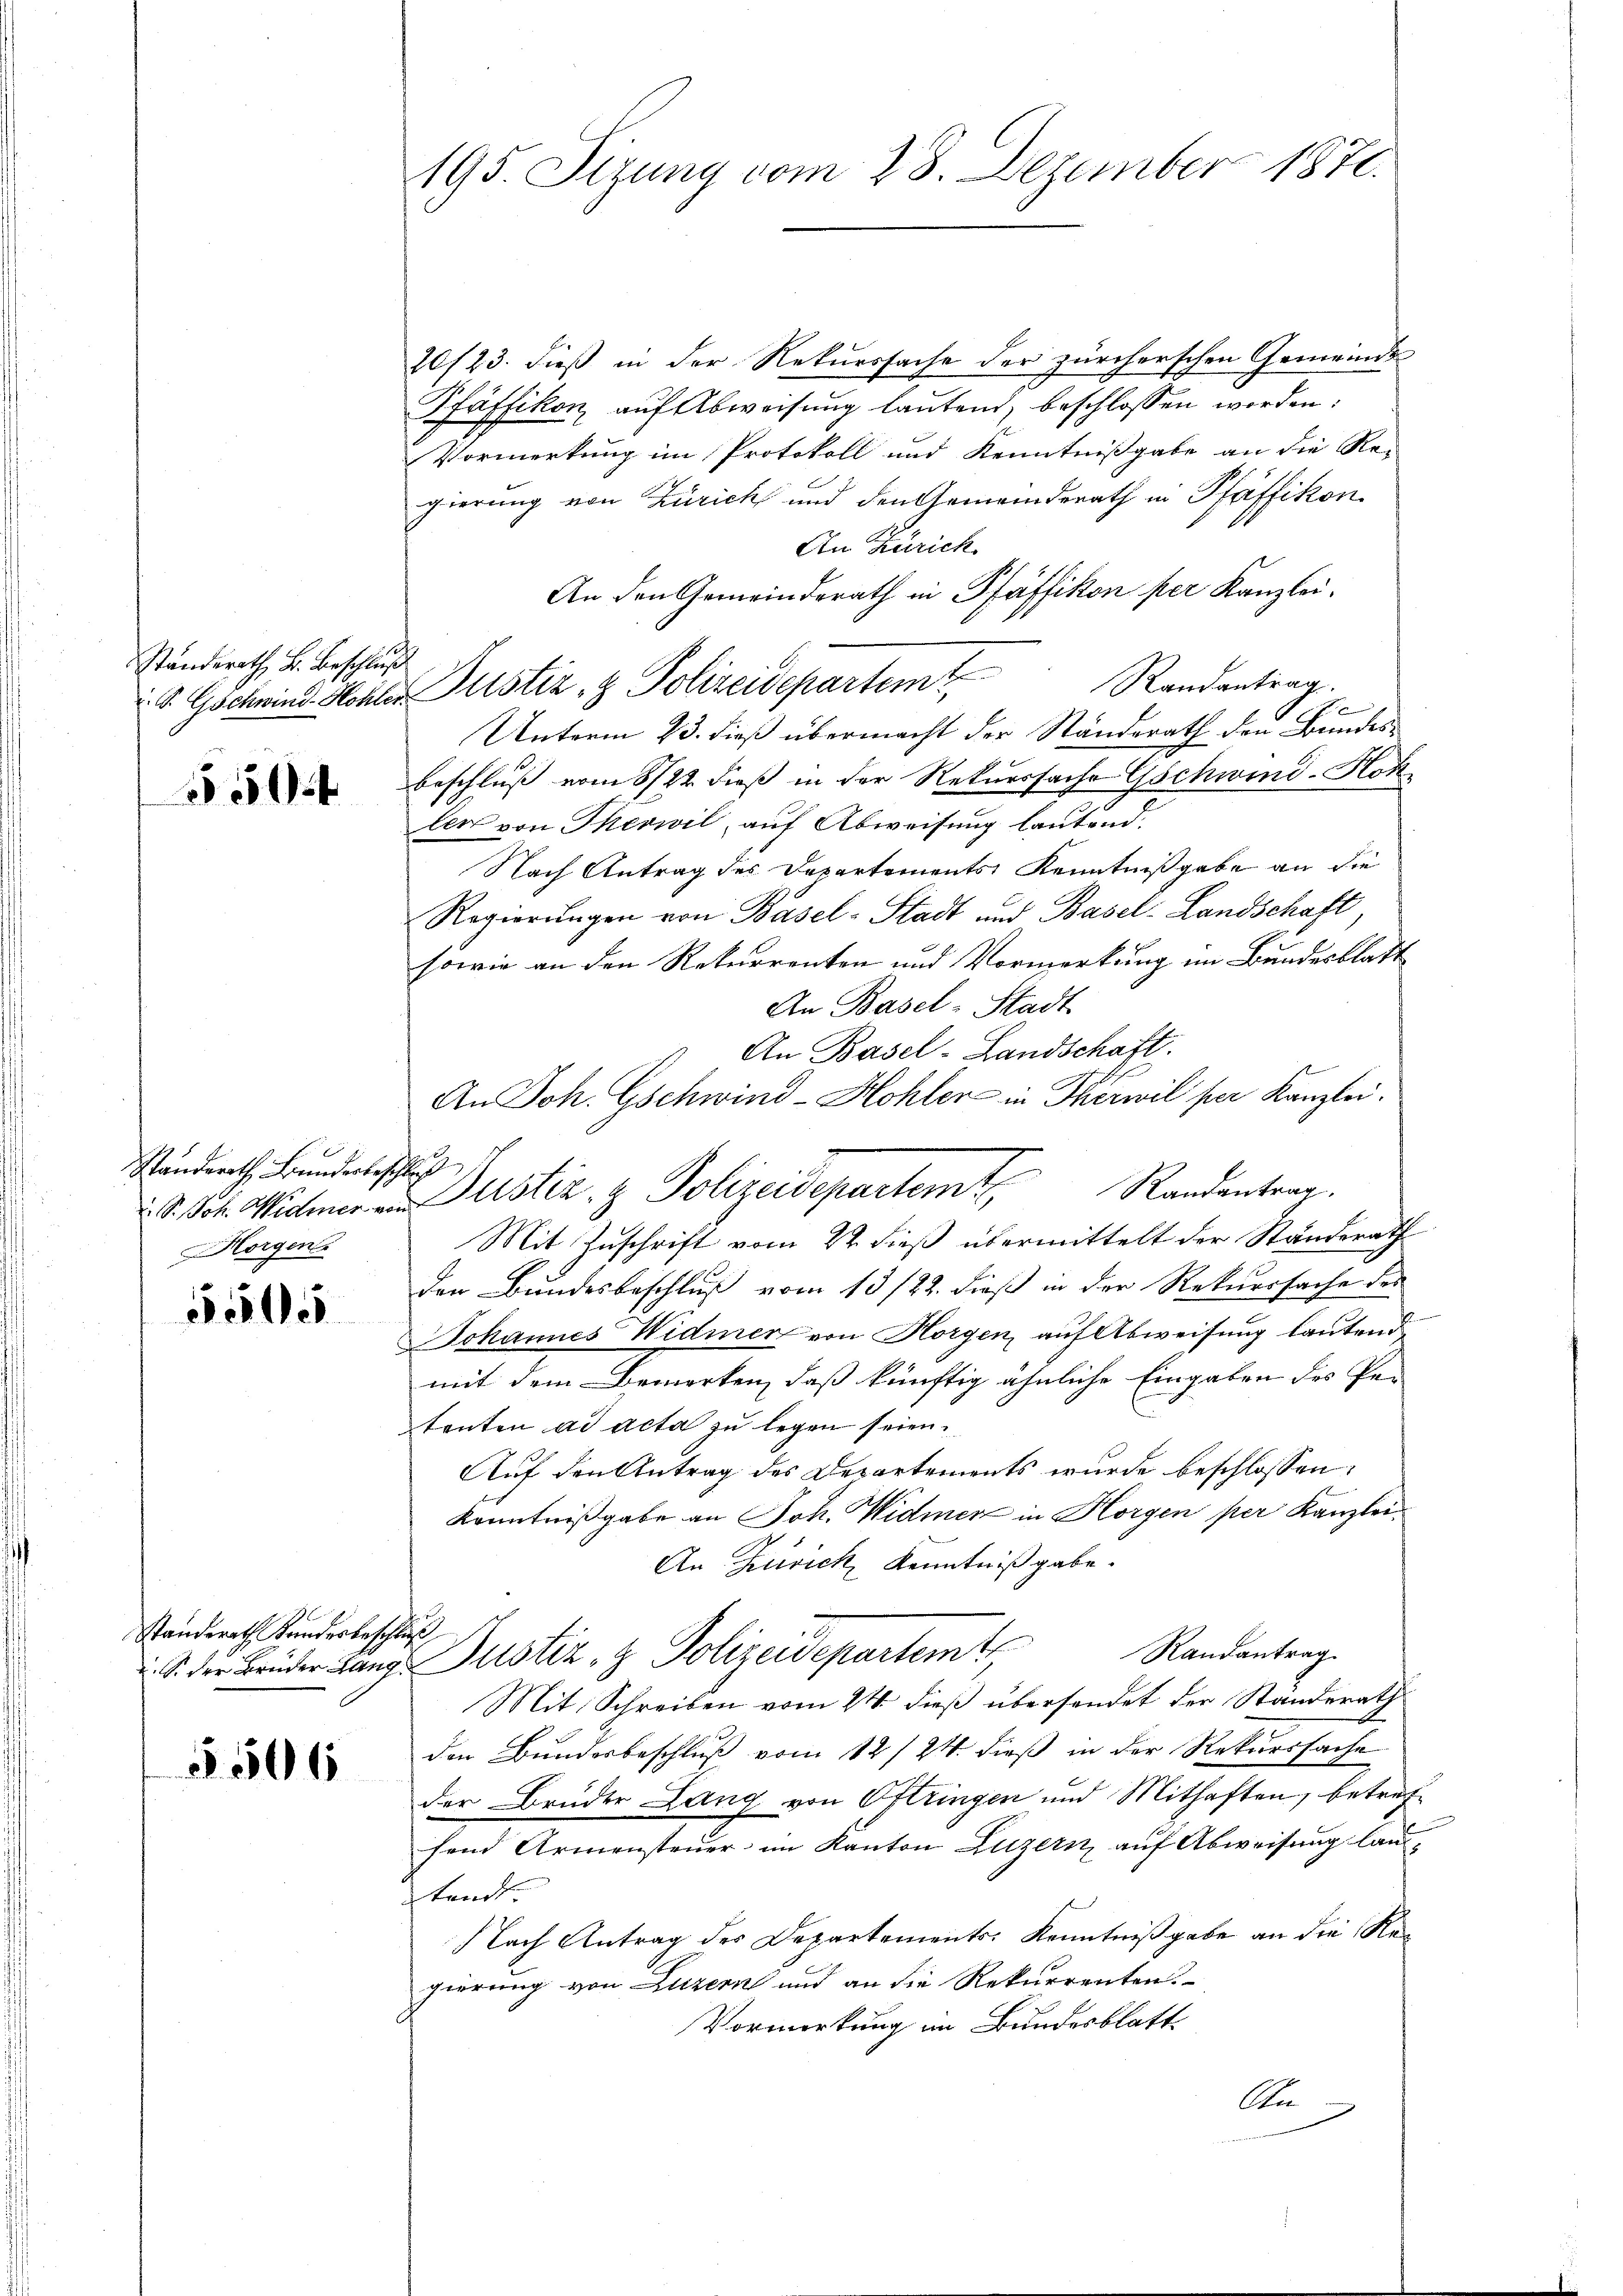
Ständerath B. Beschluß

504

Standerath Bunderbeschluß
Horgen

5505

Standerath Kundesbeschluß

5506

195. Sizung vom 28. Dezember 1871.

20/23. dieß in der Rekurssache der zürcherschen Gemeinde
Pfäffikon, auf Abweisung lautend, beschlossen worden:
Vormerkung im Protokoll und Kenntnißgabe an die Re-
gierung von Zürich und den Gemeinderath in Pfäffikon
An Zürich.
An den Gemeinderath in Pfäffikon per Kanzlei.
S. Gschwind Kohler Justiz- & Polizeidepartemt Randantrag.
Unterm 23. dieß übermacht der Standerath den Bundesbeschluß vom 8722. dieß in der Rekurssache Gschwind-Hokler von Merwil, auf Abweisung lautend.
Nach Antrag des Departements Kenntnißgabe an die
Regierungen von Basel-Stadt und Basel-Landschaft,
sowie an den Rekurrenten und Vormerkung im Bundesblatt
An Basel-Stadt
An Basel-Landschaft.
An Joh. Gschwind-Hohler in Therwil per Kanzlei.
Mit Zuschrift vom 22. dieß übermittelt der Standerath
den Bundesbeschluß vom 13/22. dieß in der Rekurssache des
Johannes Widmer von Horgen, auf Abweisung lautend,
mit dem Bemerken, daß künftig ähnliche Eingaben des Pe-
tenten ad acta zu legen seien.
Auf den Antrag des Departements wurde beschlossen:
Kenntnißgabe an Joh. Widmer in Horgen per Kanzlei¬
An Zürich Kenntniß gabe.
Randantrag.
S. der Brüder Lang Justiz- & Polizeidepartemt
Mit Schreiben vom 24. dieß übersendet der Standerath
den Bundesbeschluß vom 12/24. dieß in der Rekurssache
der Bruder Lang von Oftringen und Mithaften, betreffend Armensteuer im Kanton Luzern auf Abweisung lautandt.
Nach Antrag des Departements: Kenntnißgabe an die Regierung von Luzern und an die Rekurrenten.
Vormerkung im Bundesblatt
An

d. Pot. Widmer von Justiz- & Polizeidepartemt Randantrag.